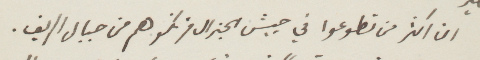
ان أكثر من تطوعوا في جيش الجنرال فرنكو هم من جبال الريف.